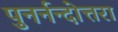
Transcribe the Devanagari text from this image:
पुनर्नन्दोत्तरा